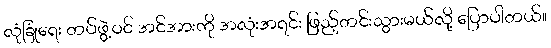
လုံခြုံရေး တပ်ဖွဲ့ဝင် အင်အားကို အလုံးအရင်း ဖြည့်တင်းသွားမယ်လို့ ပြောပါတယ်။